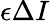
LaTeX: \epsilon\Delta I